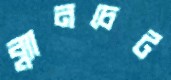
ব্ল্যানচেট